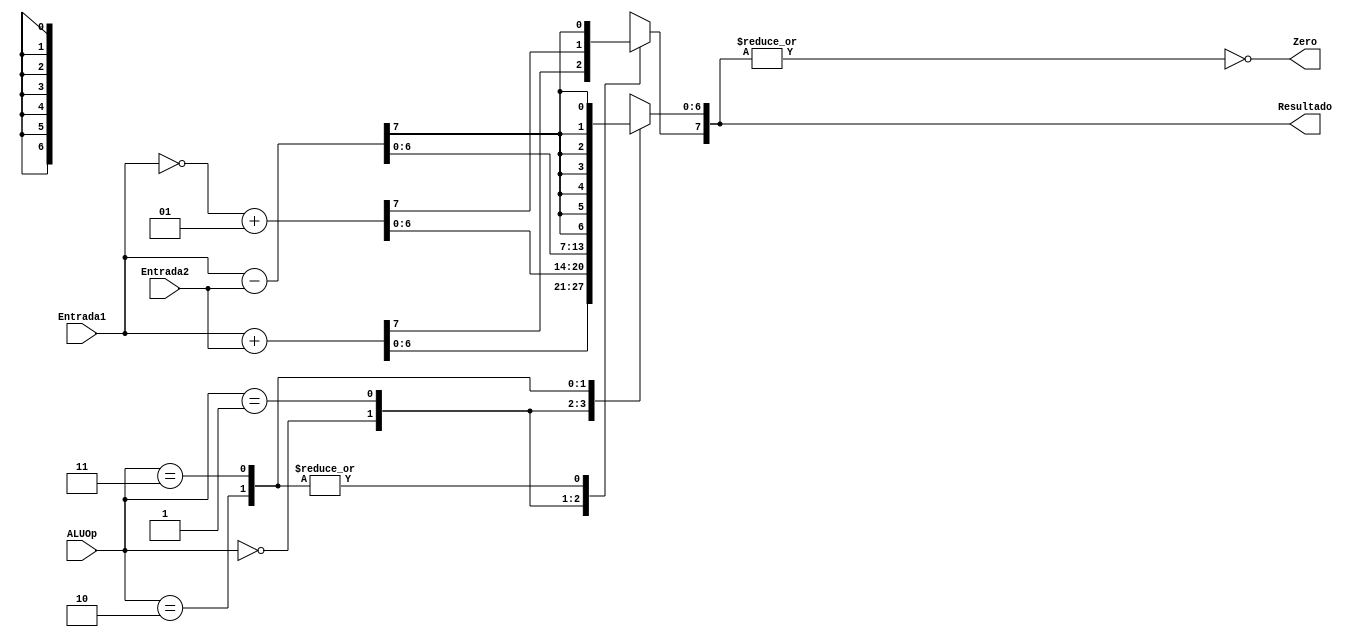
module ULA (Entrada1, Entrada2, Zero, Resultado, ALUOp);

  input signed [7:0] Entrada1, Entrada2;
  input [1:0] ALUOp;
  output reg Zero;
  output reg [7:0] Resultado;

  always @(Entrada1, Entrada2) begin
    case (ALUOp)
      2'b00: Resultado = Entrada1 + Entrada2;
      2'b01: Resultado = ~Entrada1 + 1;
      2'b10: Resultado = Entrada1 - Entrada2;
      2'b11: begin 
        Resultado = Entrada1 - Entrada2;
        Resultado[6:0] = {7{Resultado[7]}};
      end
      default: ;
    endcase

    Zero = |Resultado;
    Zero = ~Zero;
  end

endmodule

module ULA_simulacao;
  reg [7:0] Entrada1, Entrada2;
  reg [1:0] ALUOp;
  reg [2:0] i;
  reg [3:0] j;
  wire Zero;
  wire [7:0] Resultado;

  initial begin
    $monitor("Time=%0d Entrada1=%b Entrada2=%b ALUOp=%b Resultado=%b Zero=%b",
      $time, Entrada1, Entrada2, ALUOp, Resultado, Zero);
    
  end

  always begin
    for(i = 0; i < 4; i = i + 1) begin
      ALUOp = i;
      for(j = 0; j < 8; j = j + 1) begin 
        #1 Entrada1 = j;
           Entrada2 = j;
      end
      for(j = 0; j < 8; j = j + 1) begin 
        #1 Entrada1 = j;
           Entrada2 = 7 - j;
      end
    end
  end

  ULA ULA1 (Entrada1, Entrada2, Zero, Resultado, ALUOp);
  
endmodule